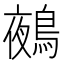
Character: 鵺